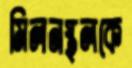
মিলনস্থলকে